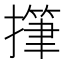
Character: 𢴩